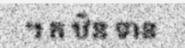
។ ក ឋិន ទាន